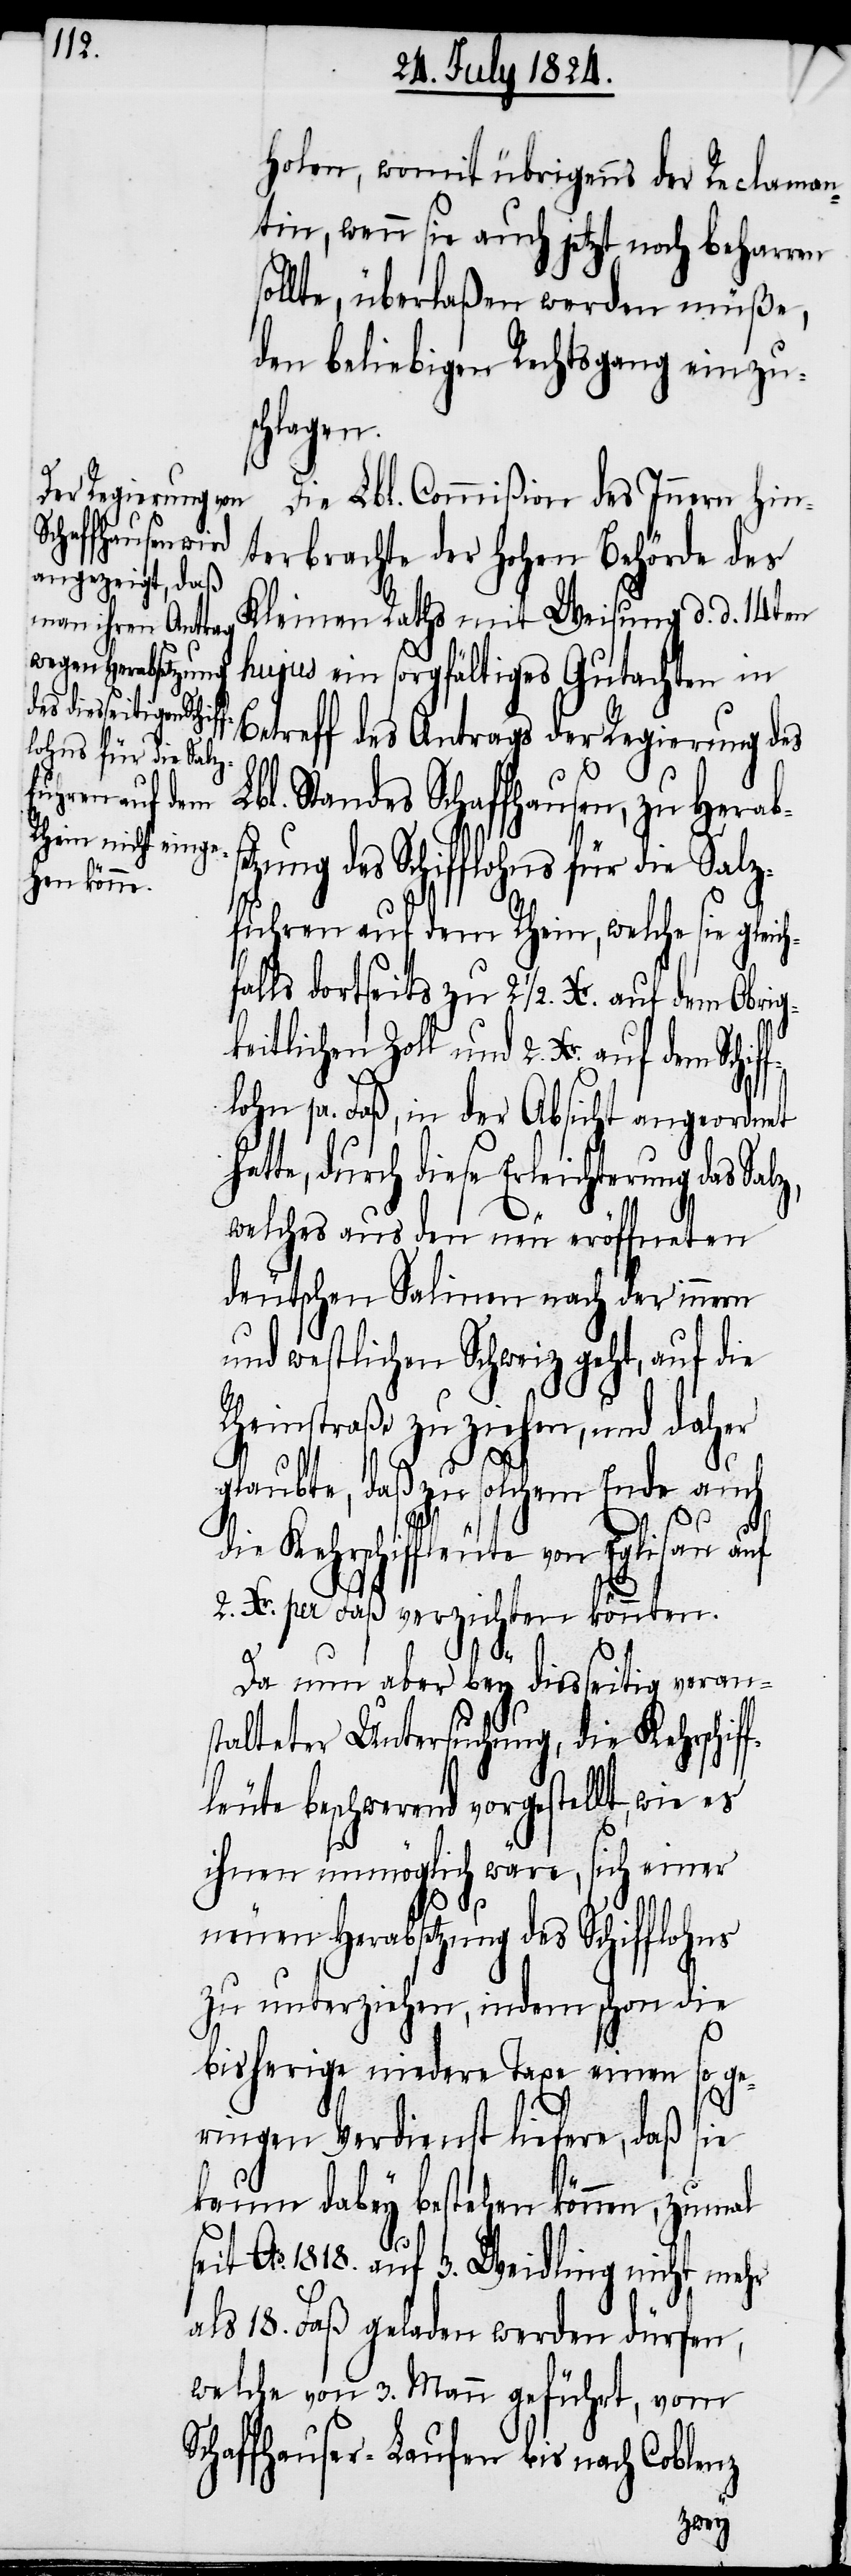
f dem Schiff¬
lohns für die Salz¬

holen, womit übrigens der Reclaman¬
tin, wenn sie auch jetzt noch beharren
sollte, überlaßen werden müße,
den beliebigen Rechtsgang einzus¬
chlagen.
Die Lbl. Commißion des Innern hin¬
terbrachte der Hohen Behörde des
Kleinen Raths mit Weisung d. d. 14ten
hujus ein sorgfältiges Gutachten in
Betreff des Antrags der Regierung des
bl. Standes Schaffhausen, zu Herabs¬
fuhren auf dem Rhein, welche sie gleich¬
falls dortseits zu 2 ½. Xr. auf dem Obrig¬
keitlichen Zoll und 2. Xr. au¬
lohn pr. Faß, in der Absicht angeordnet
atte, durch diese Erleichterung das
welches aus den neu eröffneten
deutschen Salinen nach der innern
und westlichen Schweiz geht, auf die
Rheinstraße zu ziehen, und daher
glaubte, daß zu solchem Ende auch
h¬
Kehrschiffleute von Eglisau auf
2. Xr. per Faß verzichten könnten.
Da nun aber bey diesseitig verans¬
talteter Untersuchung, die Kehrschif¬
fleute beschwerend vorgestellt, wie es
ihnen unmöglich wäre, sich einer
neuen Herabsetzung des Schifflohns
zu unterziehen, indem schon die
bisherige niedere Taxe einen so ge¬
ringen Verdienst liefere, daß sie
kaum dabey bestehen können, zumal
seit Ao. 1818. auf 3. Weidling nicht mehr
als 18. Faß geladen werden dürfen,
welche von 3. Mann geführt, vom
Schaffhauser-Laufen bis nach Coblenz